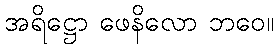
အရိဋ္ဌော ဖေနိလော ဘဝေ။